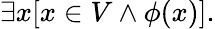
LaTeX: \exists x[x\in V\land\phi(x)].